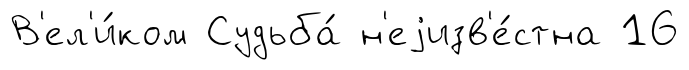
В'ел'и́ком Судьба́ н'еjизв'е́стна 16